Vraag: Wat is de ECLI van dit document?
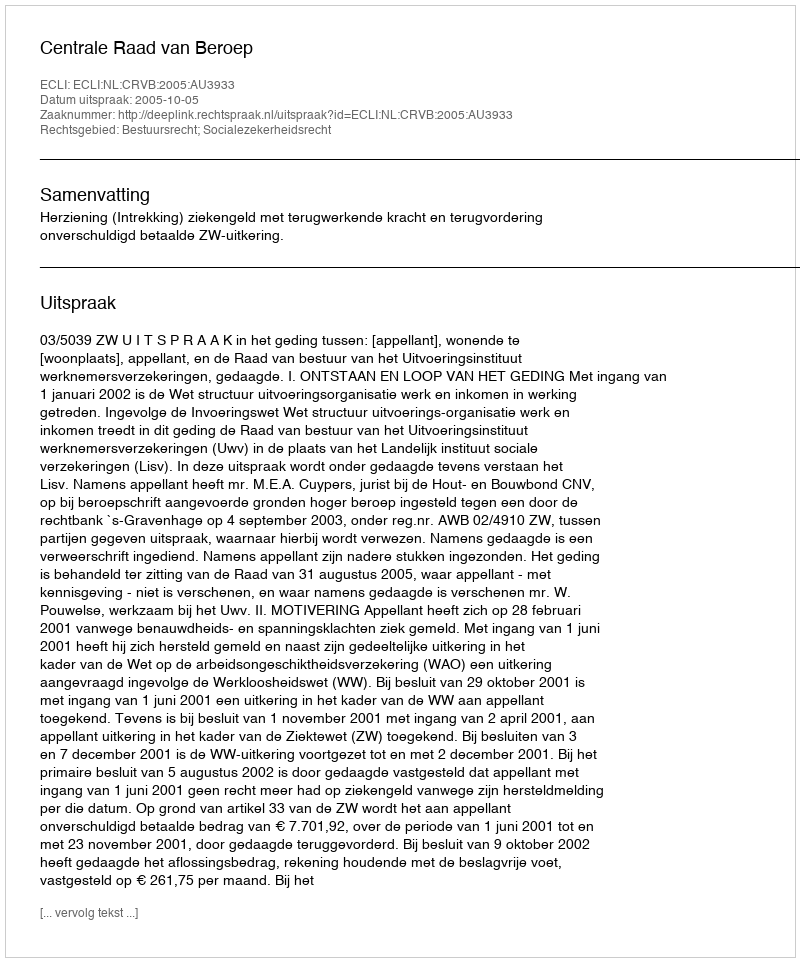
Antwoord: ECLI:NL:CRVB:2005:AU3933